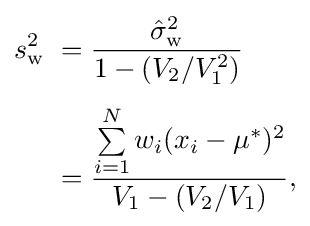
{\begin{aligned}s_{\mathrm {w} }^{2}\ &={\frac {{\hat {\sigma }}_{\mathrm {w} }^{2}}{1-(V_{2}/V_{1}^{2})}}\\[4pt]&={\frac {\sum \limits _{i=1}^{N}w_{i}(x_{i}-\mu ^{*})^{2}}{V_{1}-(V_{2}/V_{1})}},\end{aligned}}